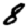
Digit: 8